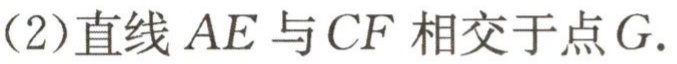
(2)直线 \(AE\) 与 \(CF\) 相交于点 \(G\).